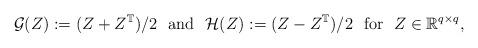
LaTeX: \begin{align*} \mathcal{G}(Z):=(Z+Z^{\mathbb{T}})/2\ \ {\rm and}\ \ \mathcal{H}(Z):=(Z-Z^{\mathbb{T}})/2\ \ {\rm for}\ \ Z\in\mathbb{R}^{q\times q}, \end{align*}